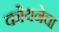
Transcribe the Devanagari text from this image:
कोयनेचा